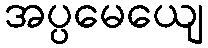
အပ္ပမေယျေ